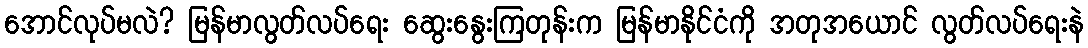
အောင်လုပ်မလဲ? မြန်မာလွတ်လပ်ရေး ဆွေးနွေးကြတုန်းက မြန်မာနိုင်ငံကို အတုအယောင် လွတ်လပ်ရေးနဲ